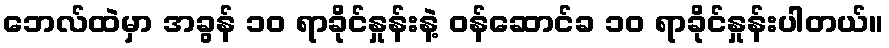
ဘေလ်ထဲမှာ အခွန် ၁၀ ရာခိုင်နှုန်းနဲ့ ဝန်ဆောင်ခ ၁၀ ရာခိုင်နှုန်းပါတယ်။